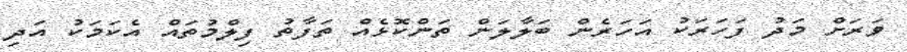
ވަރަށް މަދު ފަހަރަކު އަހަރެން ބަލާލަން ތަންކޮޅެއް ތަފާތު ފިލްމުތައް އެކަމަކު އަދި